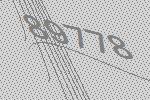
89778